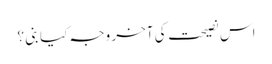
اس نصیحت کی آخر وجہ کیا بنی ؟